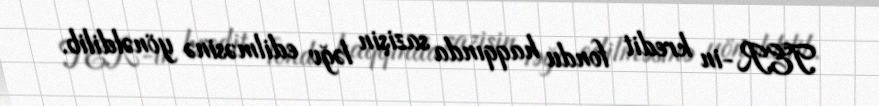
TER-in kredit fondu haqqında sazişin ləğv edilməsinə yönəldilib.